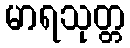
မာရသုတ္တ